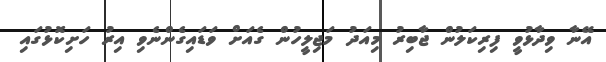
އޭނާ ވިދާޅުވީ ފިރިކަލުން ޖާބިރު މިއަދު މަޖިލީހުން ގެއަށް ވަޑައިގެންނެވި އިރު ހަށިކޮޅުގައި